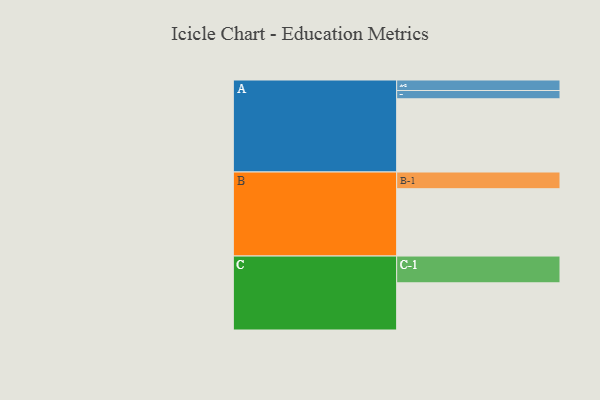
{"axis": {"x": "Segment", "y": "Value"}, "legend": ["", "A", "B", "C"], "data": [{"x": "A", "y": 495, "type": ""}, {"x": "B", "y": 455, "type": ""}, {"x": "C", "y": 319, "type": ""}, {"x": "A-1", "y": 56, "type": "A"}, {"x": "A-2", "y": 71, "type": "A"}, {"x": "B-1", "y": 113, "type": "B"}, {"x": "C-1", "y": 181, "type": "C"}]}